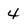
Character: 4